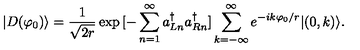
| D ( \varphi _ { 0 } ) \rangle = \frac { 1 } { \sqrt { 2 r } } \exp { [ - \sum _ { n = 1 } ^ { \infty } a _ { L n } ^ { \dagger } a _ { R n } ^ { \dagger } ] } \sum _ { k = - \infty } ^ { \infty } e ^ { - i k \varphi _ { 0 } / r } | ( 0 , k ) \rangle .